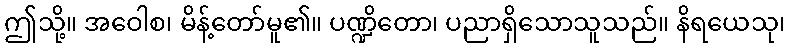
ဤသို့။ အဝေါစ၊ မိန့်တော်မူ၏။ ပဏ္ဍိတော၊ ပညာရှိသောသူသည်။ နိရယေသု၊